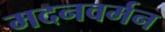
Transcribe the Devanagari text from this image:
मदनवर्मन